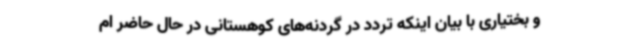
و بختیاری با بیان اینکه تردد در گردنه‌های کوهستانی در حال حاضر ام